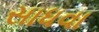
સાધવા